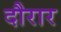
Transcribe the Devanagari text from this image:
दौरार